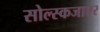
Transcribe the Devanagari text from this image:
सोल्स्कजाएर